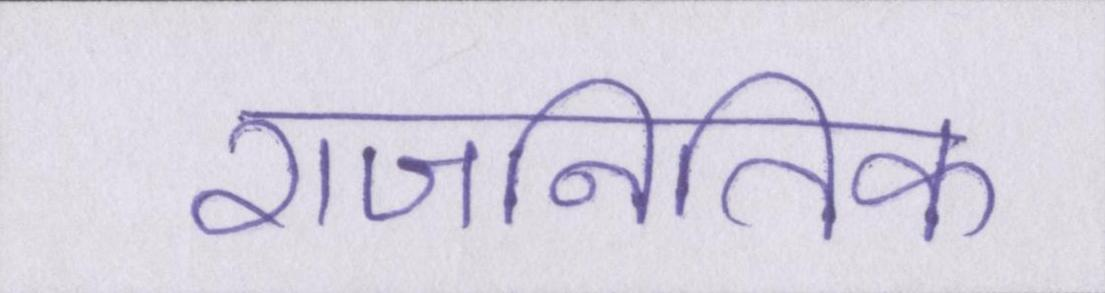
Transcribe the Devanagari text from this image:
राजनितिक